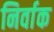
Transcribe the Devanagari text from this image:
निर्वाक